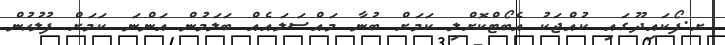
ށ.ފޯކައިދޫގައި ކުއްޖަކު އެބޯޓްކޮށްލި ކަމަށް ބުނާ މައްސަލައެއް ބަލަމުން އަންނަ ކަމަށް ފުލުހުން